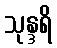
သုန္ဒရိ